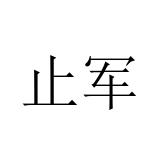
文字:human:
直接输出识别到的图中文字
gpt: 止军